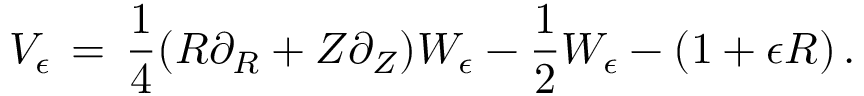
V _ { \epsilon } \, = \, \frac 1 4 ( R \partial _ { R } + Z \partial _ { Z } ) W _ { \epsilon } - \frac 1 2 W _ { \epsilon } - ( 1 + \epsilon R ) \, .